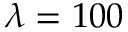
\lambda = 1 0 0